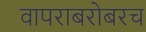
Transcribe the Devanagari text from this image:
वापराबरोबरच